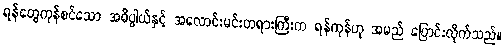
ရန်တွေကုန်စင်သော အဓိပ္ပါယ်နှင့် အလောင်းမင်းတရားကြီးက ရန်ကုန်ဟု အမည် ပြောင်းလိုက်သည်။